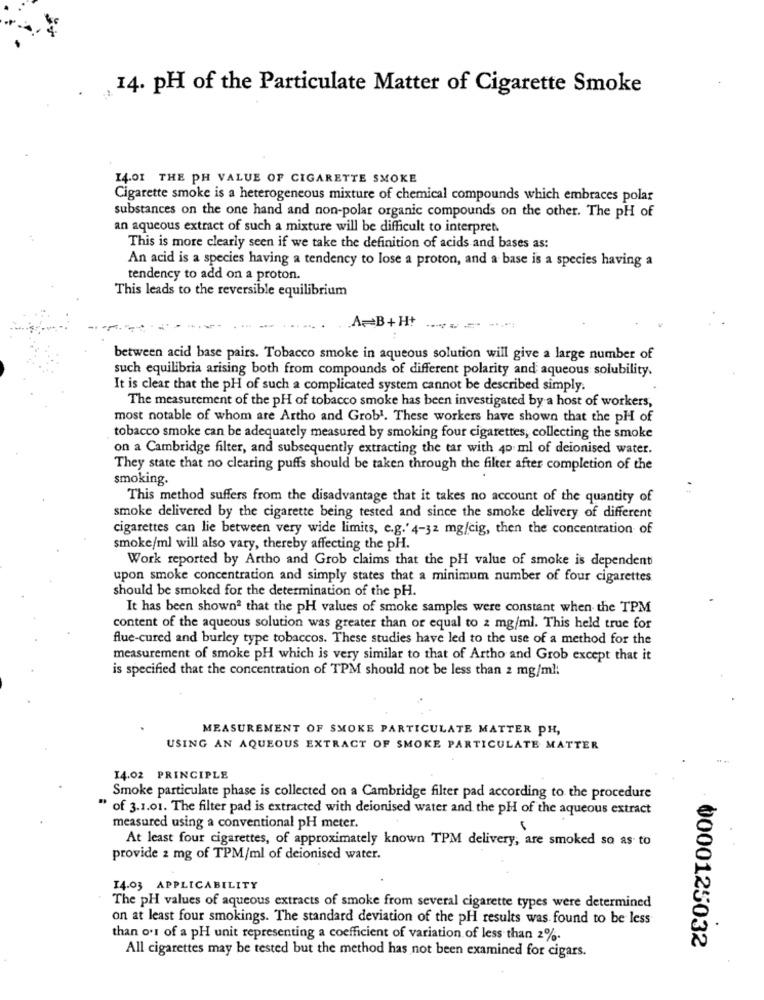
14. pH of the Particulate Matter of Cigarette Smoke
14.01 THE PH VALUE OF CIGARETTE SMOKE
Cigarette smoke is a heterogeneous mixture of chemical compounds which embraces polar
substances on the one hand and non-polar organic compounds on the other. The pH of
an aqueous extract of such a mixture will be difficult to interpret.
This is more clearly seen if we take the definition of acids and bases as:
An acid is a species having a tendency to lose a proton, and a base is a species having a
tendency to add on a proton.
This leads to the reversible equilibrium
A=B+H+
between acid base pairs. Tobacco smoke in aqueous solution will give a large number of
such equilibria arising both from compounds of different polarity and aqueous solubility.
It is clear that the pH of such a complicated system cannot be described simply.
The measurement of the pH of tobacco smoke has been investigated by a host of workers,
most notable of whom are Artho and Grob'. These workers have shown that the pH of
tobacco smoke can be adequately measured by smoking four cigarettes, collecting the smoke
on a Cambridge filter, and subsequently extracting the tar with 40 ml of deionised water.
They state that no clearing puffs should be taken through the filter after completion of the
smoking.
This method suffers from the disadvantage that it takes no account of the quantity of
smoke delivered by the cigarette being tested and since the smoke delivery of different
cigarettes can lie between very wide limits, e.g.' 4-32 mg/cig, then the concentration of
smoke/ml will also vary, thereby affecting the pH.
Work reported by Artho and Grob claims that the pH value of smoke is dependent
upon smoke concentration and simply states that a minimum number of four cigarettes
should be smoked for the determination of the pH.
It has been shownª that the pH values of smoke samples were constant when the TPM
content of the aqueous solution was greater than or equal to 2 mg/ml. This held true for
flue-cured and burley type tobaccos. These studies have led to the use of a method for the
measurement of smoke pH which is very similar to that of Artho and Grob except that it
is specified that the concentration of TPM should not be less than 2 mg/ml:
MEASUREMENT OF SMOKE PARTICULATE MATTER PH,
USING AN AQUEOUS EXTRACT OF SMOKE PARTICULATE MATTER
14.02 PRINCIPLE
Smoke particulate phase is collected on a Cambridge filter pad according to the procedure
" of 3.1.01. The filter pad is extracted with deionised water and the pH of the aqueous extract
measured using a conventional pH meter.
At least four cigarettes, of approximately known TPM delivery, are smoked so as to
provide 2 mg of TPM/ml of deionised water.
14.03 APPLICABILITY
The pH values of aqueous extracts of smoke from several cigarette types were determined
on at least four smokings. The standard deviation of the pH results was found to be less
than o's of a pH unit representing a coefficient of variation of less than 2%.
0000125032
All cigarettes may be tested but the method has not been examined for cigars.